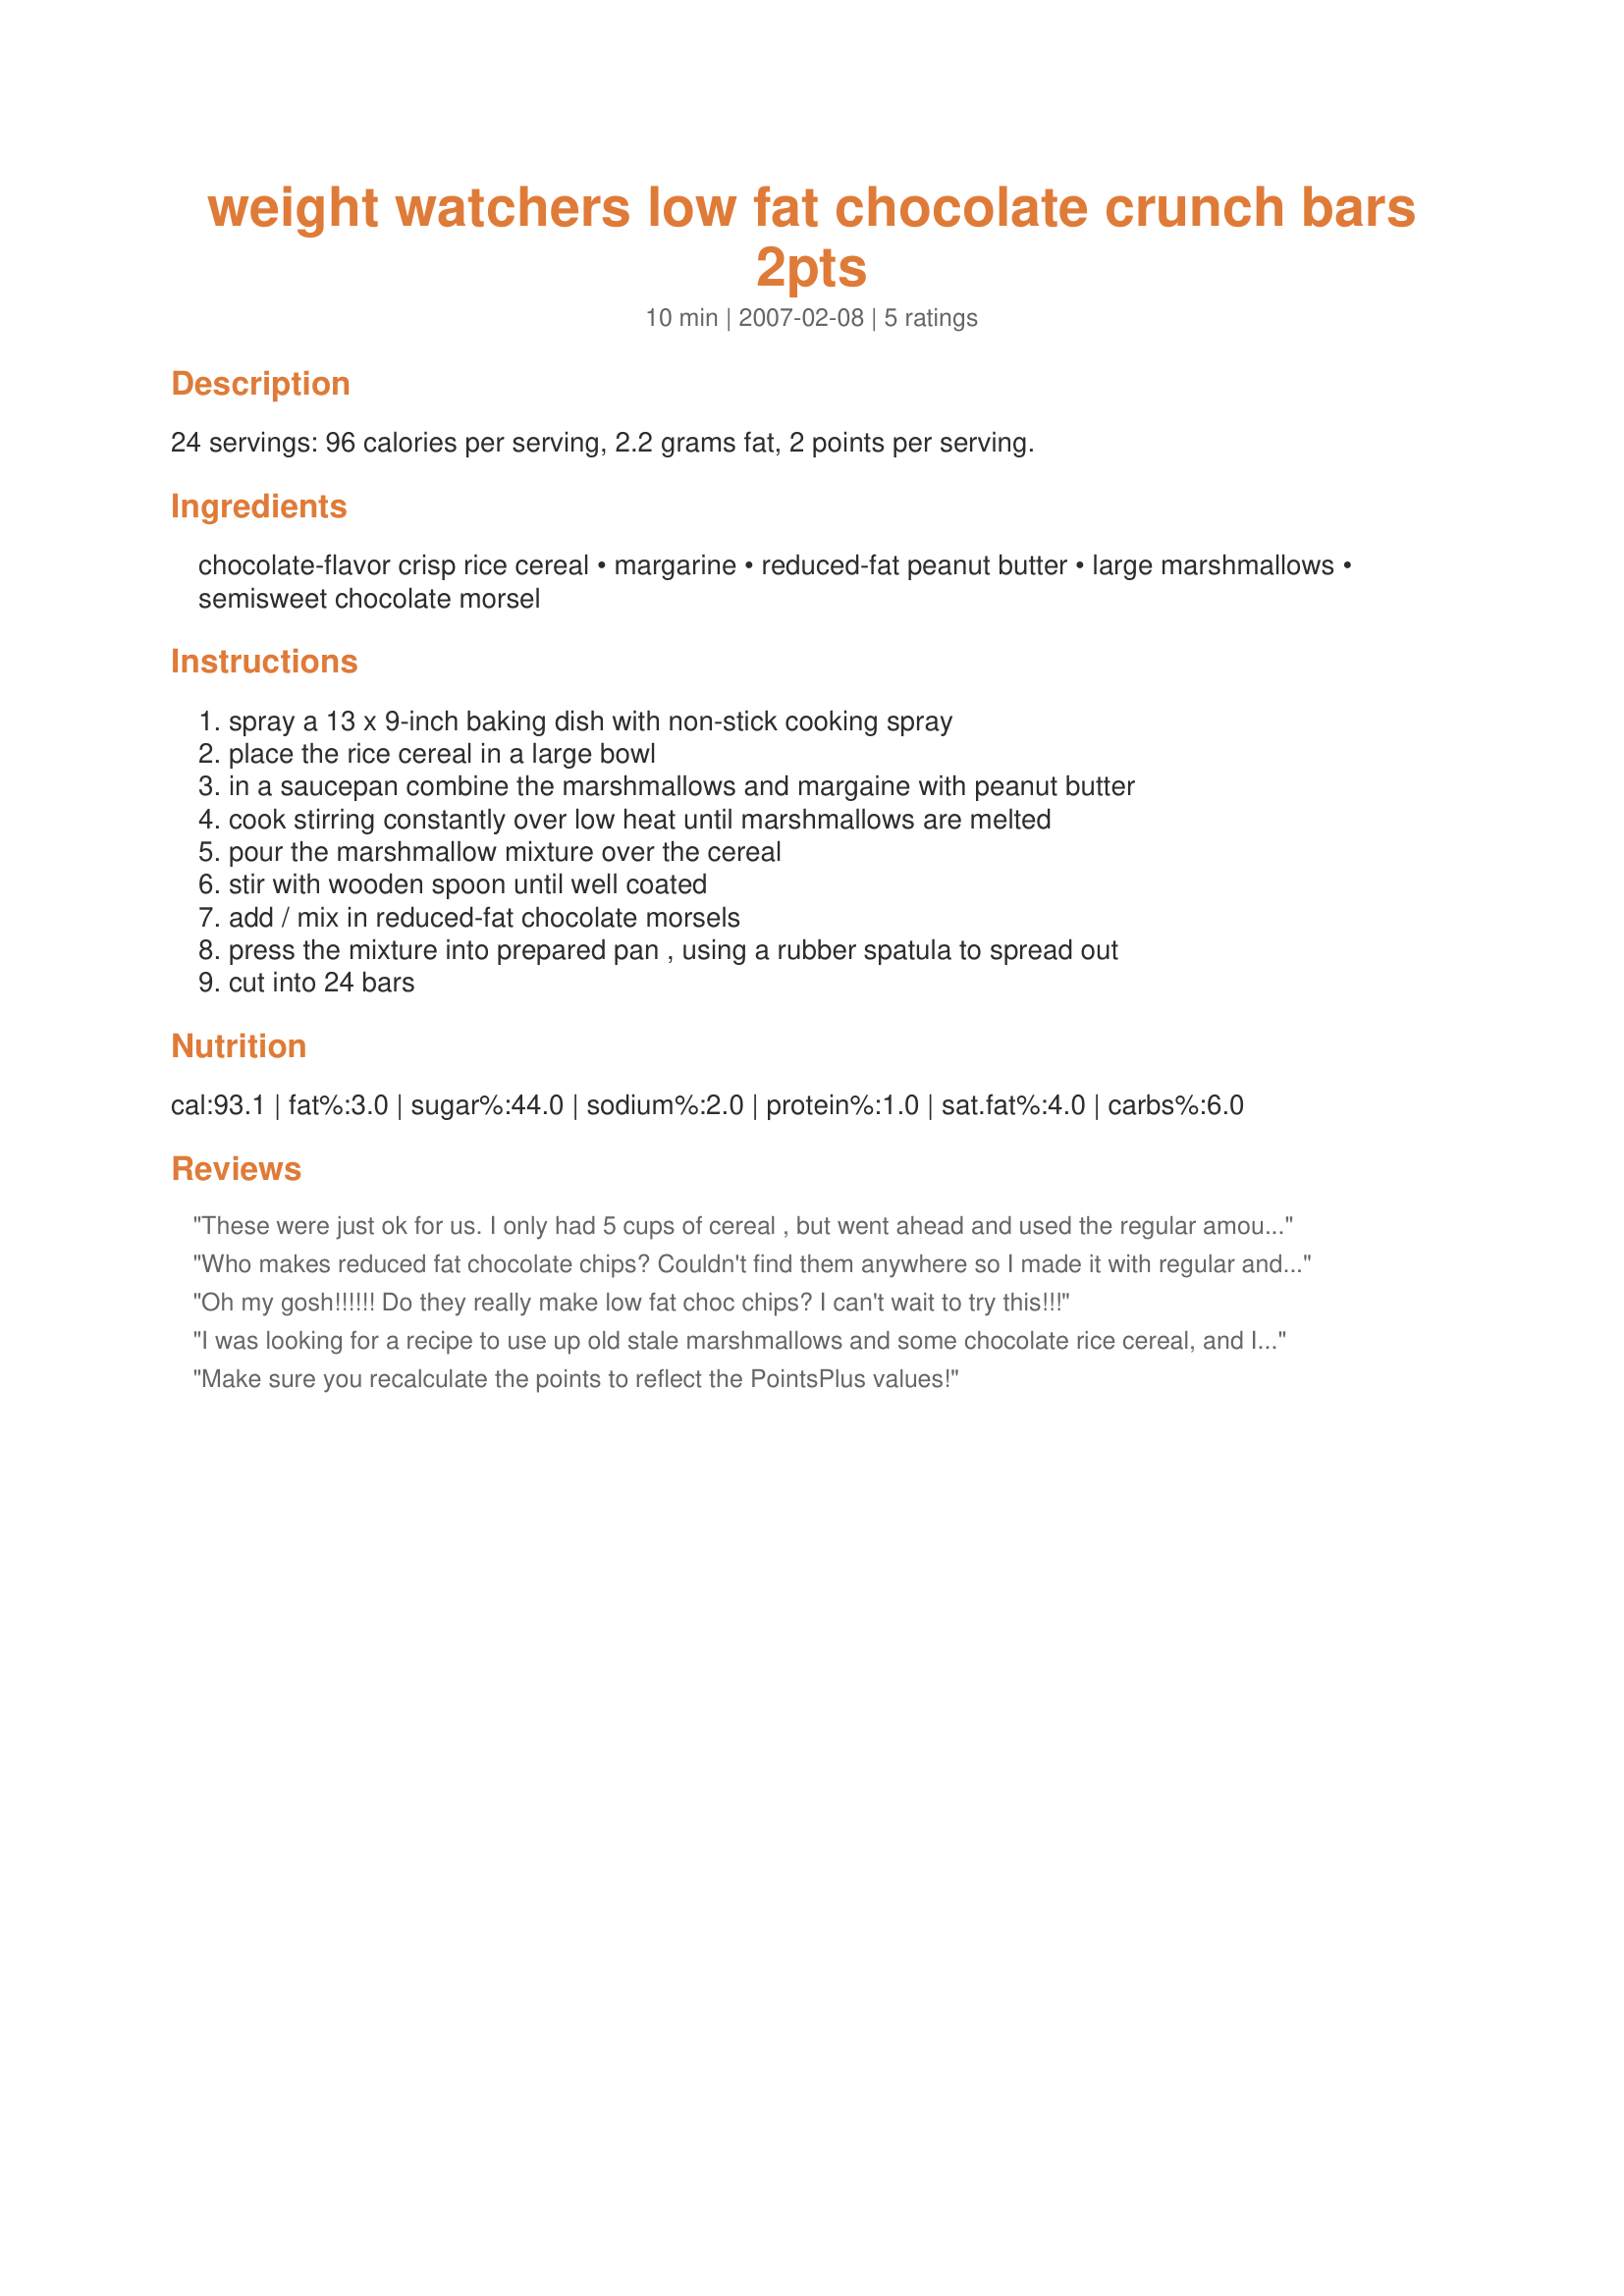
weight watchers low fat chocolate crunch bars 2pts
Preparation time: 10 minutes

24 servings: 96 calories per serving, 2.2 grams fat, 2 points per serving.

Ingredients:
chocolate-flavor crisp rice cereal, margarine, reduced-fat peanut butter, large marshmallows, semisweet chocolate morsel

Steps:
spray a 13 x 9-inch baking dish with non-stick cooking spray, place the rice cereal in a large bowl, in a saucepan combine the marshmallows and margaine with peanut butter, cook stirring constantly over low heat until marshmallows are melted, pour the marshmallow mixture over the cereal, stir with wooden spoon until well coated, add / mix in reduced-fat chocolate morsels, press the mixture into prepared pan , using a rubber spatula to spread out, cut into 24 bars

Reviews:
These were just ok for us. I only had 5 cups of cereal , but went ahead and used the regular amount of everything else called for. I'm glad I did or I never would've had enough coating.

There is very very little peanut butter flavor to these , kind of like a "why bother" if you can't taste it type things.

I guess if you were doing the WW thing , you would be happy to have a low point crunchy sweet, we just didn't care for them all that much. Sorry Kittencal!!
Thanks for posting it though! :)
Who makes reduced fat chocolate chips? Couldn't find them anywhere so I made it with regular and used less.
Oh my gosh!!!!!! Do they really make low fat choc chips? I can't wait to try this!!!
I was looking for a recipe to use up old stale marshmallows and some chocolate rice cereal, and I really liked this! I must confess, I used regular peanut butter, regular butter, regular chocolate chips, and I only had 3 cups of cereal. So I don't think I made a low-fat or low-calorie treat, but I loved the peanut butter with the chocolate.
Make sure you recalculate the points to reflect the PointsPlus values!
